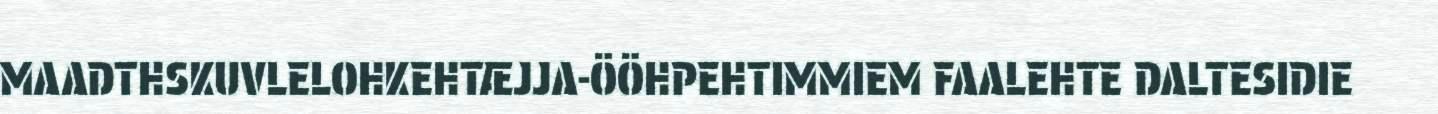
MAADTHSKUVLELOHKEHTÆJJA-ÖÖHPEHTIMMIEM FAALEHTE DALTESIDIE